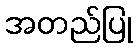
အတည်ပြု